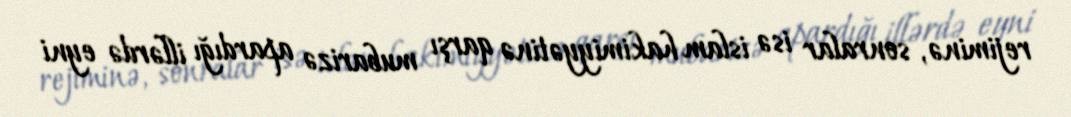
rejiminə, sonralar isə islam hakimiyyətinə qarşı mubarizə apardığı illərdə eyni